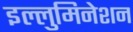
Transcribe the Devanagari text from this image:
इल्लुमिनेशन